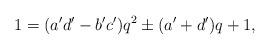
LaTeX: \begin{align*}1 = (a'd' -b'c') q^{2} \pm (a'+d')q + 1,\end{align*}